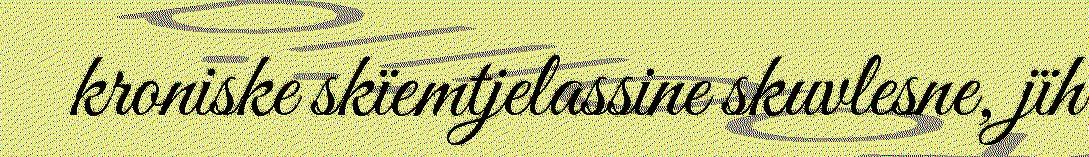
kroniske skïemtjelassine skuvlesne, jïh